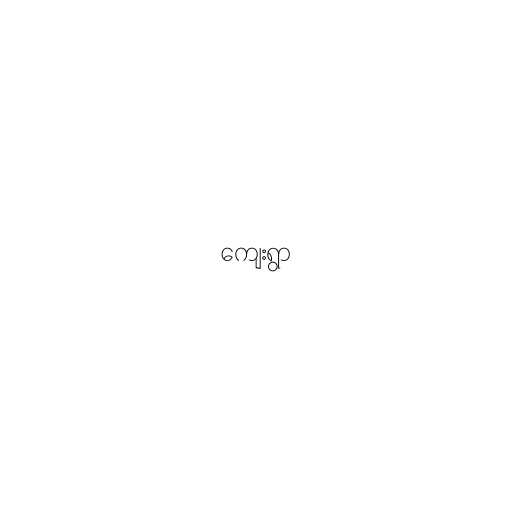
ကျေးရွာ